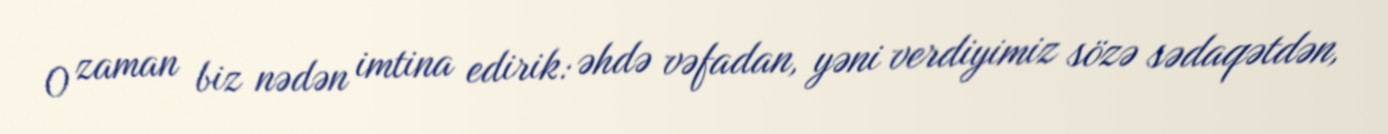
O zaman biz nədən imtina edirik: əhdə vəfadan, yəni verdiyimiz sözə sədaqətdən,